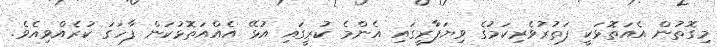
މިގޮތުން އެއަތޮޅަކީ ފަތުރުވެރިކަމުގެ ވިޔަފާރީގައި އެންމެ ކުރީގައި އުޅޭ އެއްއަތޮޅުކަން ފާހަގަ ކުރެއްވިއެވެ.